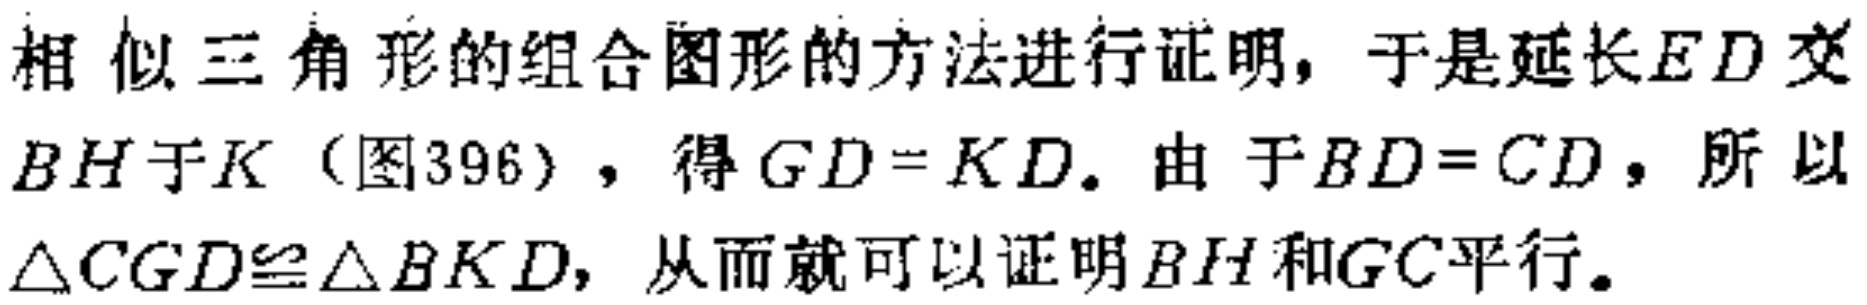
相似三角形的组合图形的方法进行证明，于是延长\(ED\)交\(BH\)于\(K\)（图396），得\(GD = KD\). 由于\(BD = CD\)，所以\(\triangle CGD\cong\triangle BKD\)，从而就可以证明\(BH\)和\(GC\)平行。